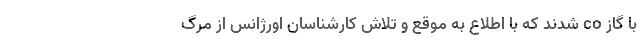
با گاز co شدند که با اطلاع به موقع و تلاش کارشناسان اورژانس از مرگ